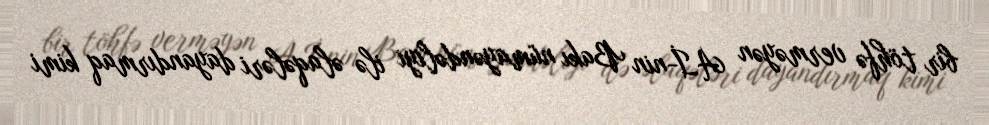
bir töhfə verməyən Aİ-nin Bakı nümayəndəliyi ilə əlaqələri dayandırmaq kimi